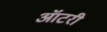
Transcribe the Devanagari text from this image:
ऑटरी